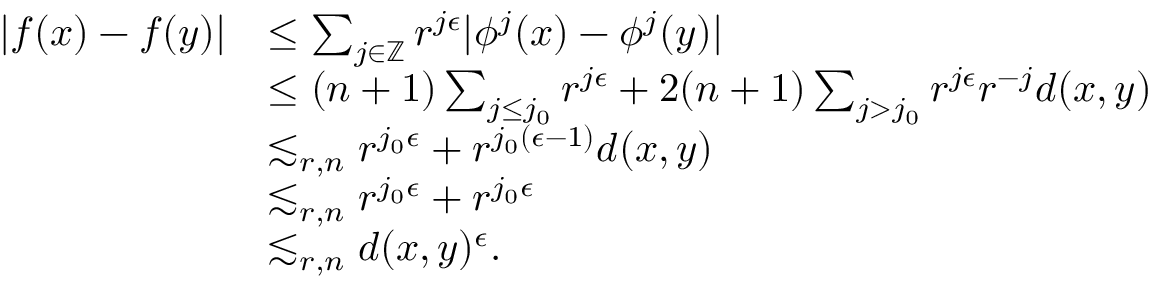
\begin{array} { r l } { | f ( x ) - f ( y ) | } & { \leq \sum _ { j \in \mathbb { Z } } r ^ { j \epsilon } | \phi ^ { j } ( x ) - \phi ^ { j } ( y ) | } \\ & { \leq ( n + 1 ) \sum _ { j \leq j _ { 0 } } r ^ { j \epsilon } + 2 ( n + 1 ) \sum _ { j > j _ { 0 } } r ^ { j \epsilon } r ^ { - j } d ( x , y ) } \\ & { \lesssim _ { r , n } r ^ { j _ { 0 } \epsilon } + r ^ { j _ { 0 } ( \epsilon - 1 ) } d ( x , y ) } \\ & { \lesssim _ { r , n } r ^ { j _ { 0 } \epsilon } + r ^ { j _ { 0 } \epsilon } } \\ & { \lesssim _ { r , n } d ( x , y ) ^ { \epsilon } . } \end{array}